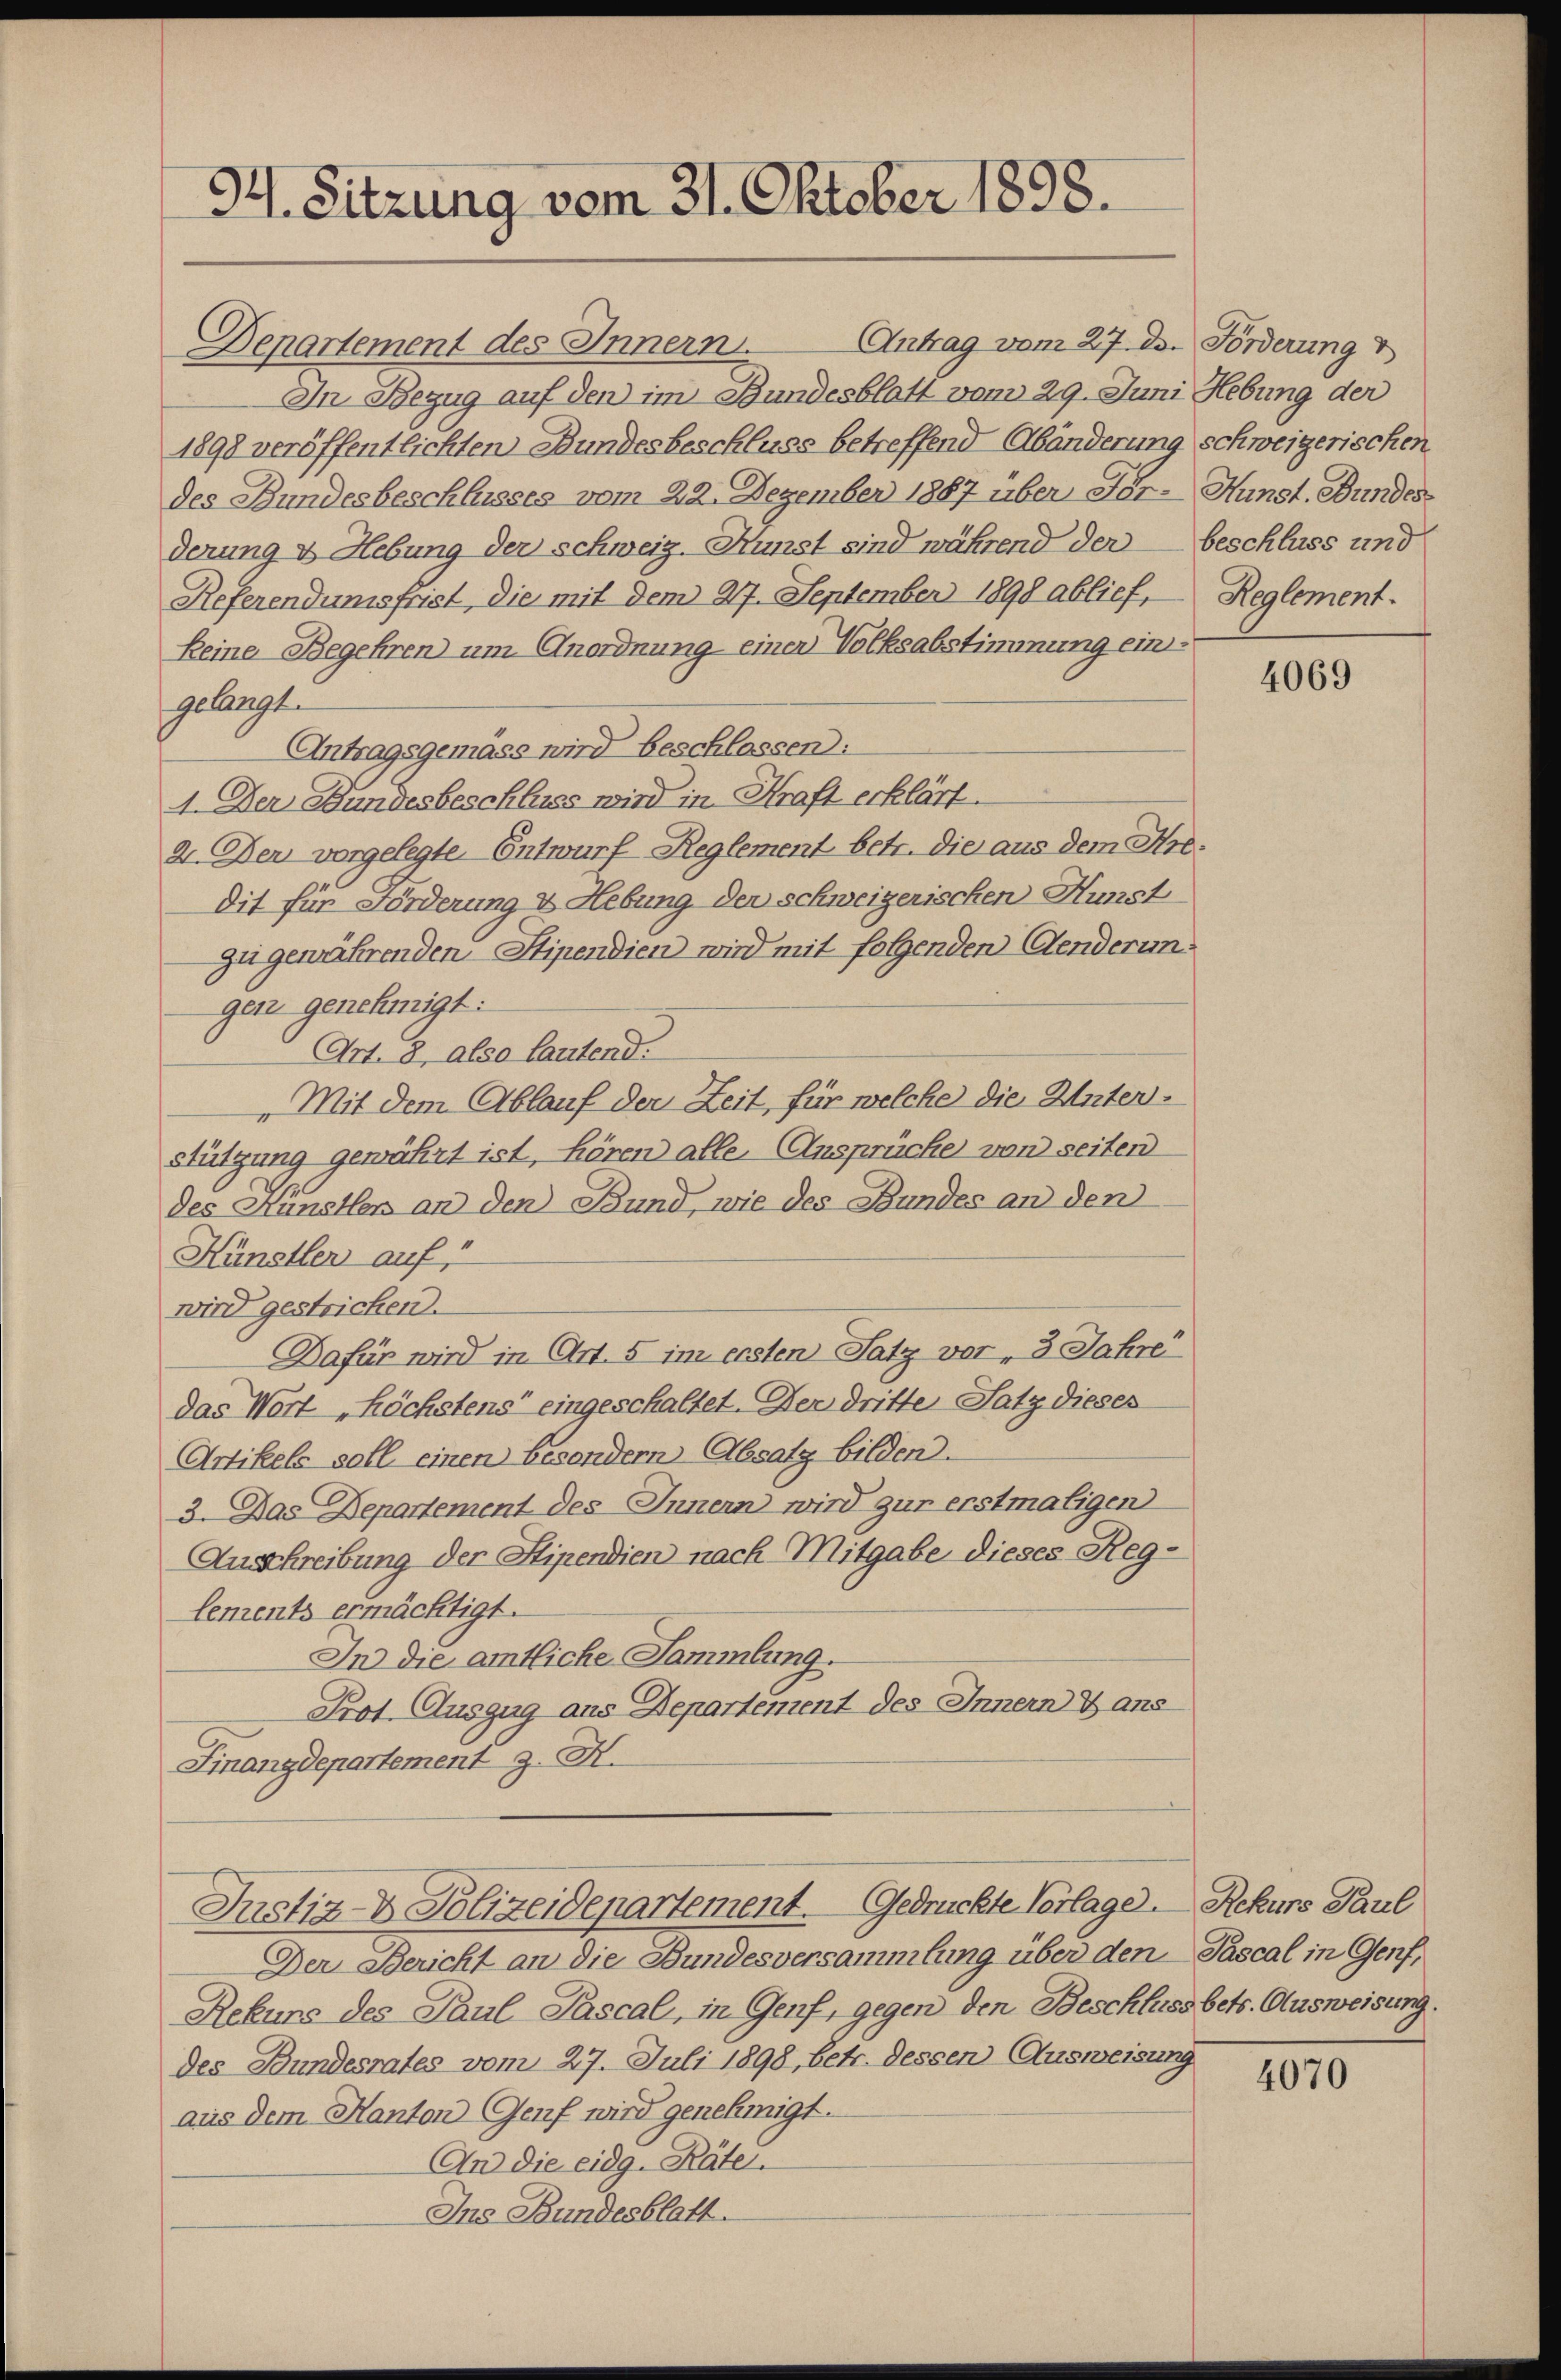
94. Sitzung vom 31. Oktober 1898.

Denartement des Innern. Antrag vom 27. der Förderung v
In Bezug auf den im Bundesblatt vom 29. Juni Hebung der
1898 veröffentlichten Bundesbeschluss betreffend Abänderung schweizerischen
des Bundesbeschlusses vom 22. Dezember 1887 über Fer-Hunst. Bundes
derung u Hebung der schweiz. Kunst sind während der beschluss und
Referendumsfrist, die mit dem 27. September 1898 ablief,
keine Begehren) um Anordnung einen Volksabstimmung eingelangt
Antragsgemäss wird beschlassen:
1. Der Bundesbeschluss wird in Kraft erklärt.
2. Der vorgelegte Entwurf Reglement betr. die aus dem Kredit für Forderung & Hebung der schweizerischen Hunst
zu gewährenden Stipendien wird mit folgenden Aenderungenz genehmigt:
Art. 8, also lautend:
 Mit dem Ablauf der Zeit, für welche die Unterstützung gewährt ist, hören alle. Ansprüche von seiten
des Künstlen an den Bund, wie des Bundes an den
Künstler auf
wird gestricken.
Dafür wird in Art. 5 im ersten Satz vor 3 Jahre
das Wort höchstens eingeschaltet. Der dritte Satz dieses
Artikels soll einen besondern Absatz bilden.
3. Das Departement des Innern wird zur erstmaligen
Ausschreibung der Stipendien nach Mitgabe dieses Reglements ermächtigt.
In die amtliche Sammlung.
Prot. Auszug aus Departement des Innern & ans
Finanzdepartement z. B.
Justiz- & Polizeidepartement. Gedrückte Vorlage Rekurs Paul
Der Bericht an die Bundesversammlung über den Pascal in Genf,
Rekurs des Paul Pascal, in Genf, gegen den Beschluss betr. Ausweisung.
des Bundesrates vom 27. Juli 1898, betr. dessen Ausweisung
aus dem Kanton Genf wird genehmigt.
An die eidg. Räte.
Ins Bundesblatt.

Reglement.

4069

4070